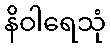
နိဝါရေသုံ